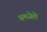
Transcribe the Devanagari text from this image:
समजेले